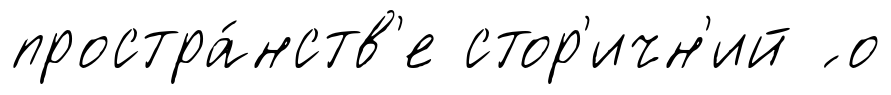
простра́нств'е стор'ичн'ий ́ о